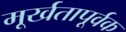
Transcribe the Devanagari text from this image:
मूर्खतापूर्वक